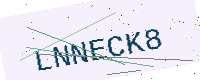
Text: LNNECK8